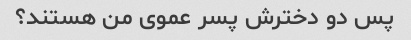
پس دو دخترش پسر عموی من هستند؟